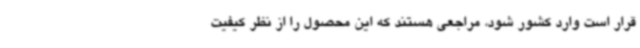
قرار است وارد کشور شود، مراجعی هستند که این محصول را از نظر کیفیت